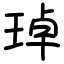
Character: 琸